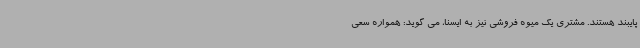
پایبند هستند. مشتری یک میوه فروشی نیز به ایسنا، می گوید: همواره سعی